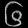
Digit: ၆